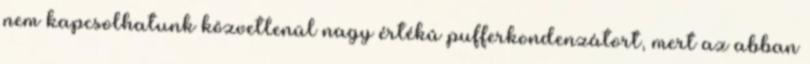
nem kapcsolhatunk közvetlenül nagy értékû pufferkondenzátort, mert az abban